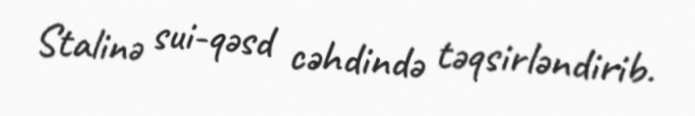
Stalinə sui-qəsd cəhdində təqsirləndirib.